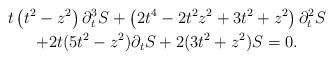
LaTeX: \begin{gather*}t\left( t^{2}-z^{2}\right) \partial_{t}^{3}S+\left( 2t^{4}-2t^{2}z^{2}+3t^{2}+z^{2}\right) \partial_{t}^{2}S\\+2t(5t^{2}-z^{2})\partial_{t}S+2(3t^{2}+z^{2})S=0.\end{gather*}